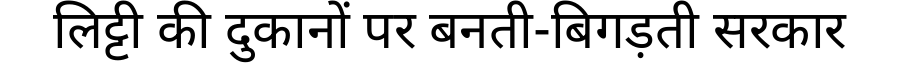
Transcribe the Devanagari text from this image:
लिट्टी की दुकानों पर बनती-बिगड़ती सरकार